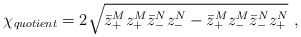
\begin{align*}{\chi}_{quotient}=2 \sqrt{\bar{z}_{+}^M z_{+}^M \bar{z}_{-}^N z_{-}^N - \bar{z}_{+}^M z_{-}^M \bar{z}_{-}^N z_{+}^N}\ , \end{align*}